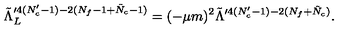
\tilde { \Lambda } _ { L } ^ { \prime 4 ( N _ { c } ^ { \prime } - 1 ) - 2 ( N _ { f } - 1 + \tilde { N } _ { c } - 1 ) } = ( - \mu m ) ^ { 2 } \tilde { \Lambda } ^ { \prime 4 ( N _ { c } ^ { \prime } - 1 ) - 2 ( N _ { f } + \tilde { N } _ { c } ) } .